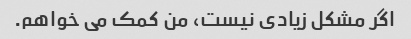
اگر مشکل زیادی نیست، من کمک می خواهم.